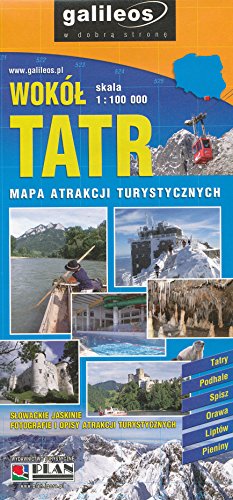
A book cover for Around Tatra Mountains (Poland, Slovakia) 1:90 000 Touring Map; Plan; Travel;